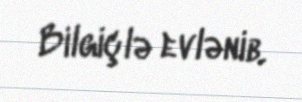
Bilgiçlə evlənib.